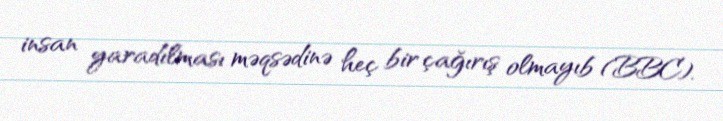
insan yaradılması məqsədinə heç bir çağırış olmayıb (BBC).